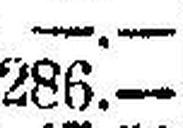
286.—